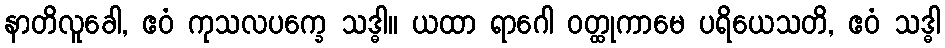
နာတိလူခေါ, ဧဝံ ကုသလပက္ခေ သဒ္ဓါ။ ယထာ ရာဂေါ ဝတ္ထုကာမေ ပရိယေသတိ, ဧဝံ သဒ္ဓါ